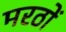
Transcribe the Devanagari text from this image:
मरठों